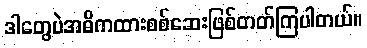
ဒါတွေပဲအဓိကထားစစ်ဆေးဖြစ်တတ်ကြပါတယ်။